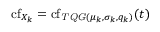
\operatorname { c f } _ { X _ { k } } = \operatorname { c f } _ { \mathit { T Q G } ( \mu _ { k } , \sigma _ { k } , q _ { k } ) } ( t )